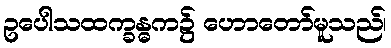
ဥပေါသထက္ခန္ဓက၌ ဟောတော်မူသည်၊